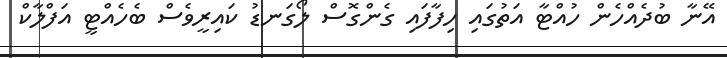
އޭނާ ބުދެއްހެން ހުއްޓާ އަތުގައި ހިފާފައި ގެންގޮސް ލޯގަނޑު ކައިރީވެސް ބެހެއްޓީ އަފްލާކް